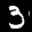
Label: 3